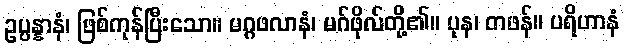
ဥပ္ပန္နာနံ၊ ဖြစ်ကုန်ပြီးသော။ မဂ္ဂဖလာနံ၊ မဂ်ဖိုလ်တို့၏။ ပုန၊ တဖန်။ ပရိဟာနံ